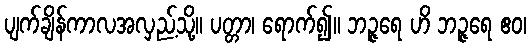
ပျက်ချိန်ကာလအလှည့်သို့။ ပတ္တာ၊ ရောက်၍။ ဘဉ္ဇရေ ဟိ ဘဉ္ဇရေ ဧဝ၊